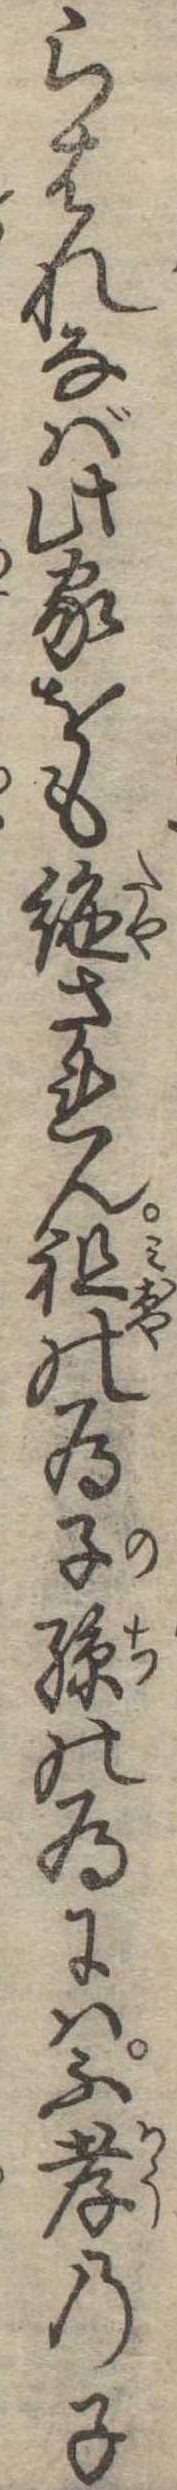
らはれなば此家をも絶されん祖の為子孫の為には不孝の子